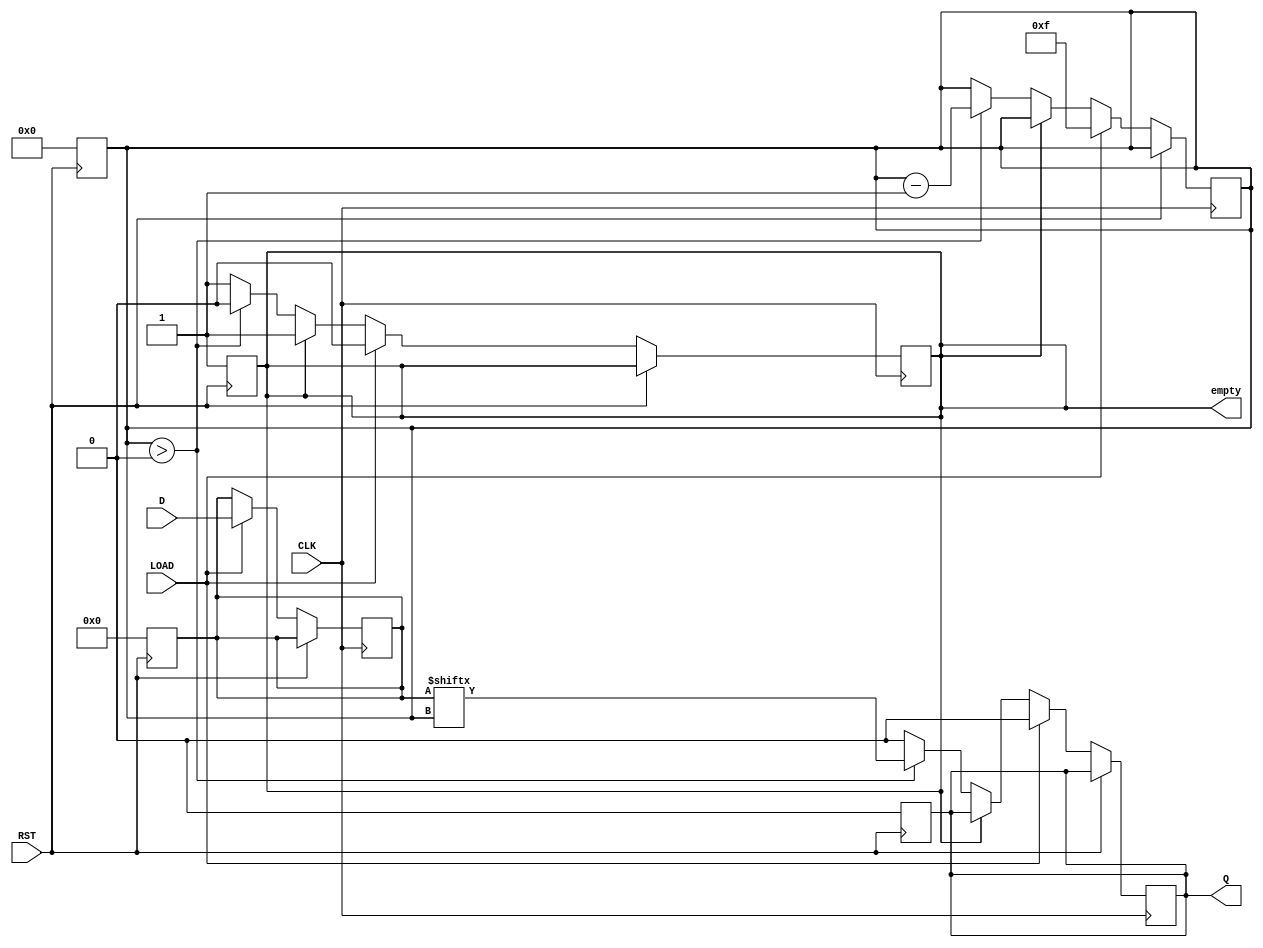
module PISO_16bit (
    input wire [15:0] D,     // 16-bit parallel input data
    input wire LOAD,         // Load control signal
    input wire CLK,          // Clock signal
    input wire RST,          // Reset signal
    output reg Q,            // Serial output
    output reg empty         // Status signal indicating empty state
);

    reg [15:0] shift_reg;    // Internal shift register
    reg [4:0] bit_count;      // Bit counter for shifting

    // Asynchronous reset
    always @(posedge RST) begin
        shift_reg <= 16'b0;   // Clear the shift register
        Q <= 1'b0;            // Clear the serial output
        empty <= 1'b1;        // Indicate register is empty
        bit_count <= 5'b0;    // Reset bit counter
    end

    // Load or Shift behavior
    always @(posedge CLK) begin
        if (RST) begin
            // Do nothing, already handled by reset
        end else if (LOAD) begin
            // Load data into the shift register
            shift_reg <= D;
            Q <= 1'b0;            // Output stable until shifting starts
            empty <= 1'b0;        // Register is not empty after load
            bit_count <= 5'd15;   // Start from MSB (15)
        end else if (!empty) begin
            // Shift data out serially
            Q <= shift_reg[bit_count]; // Output the current MSB
            if (bit_count > 0) begin
                bit_count <= bit_count - 1; // Decrement the bit counter
            end else begin
                empty <= 1'b1;  // Indicate that the register is now empty
                Q <= 1'b0;      // Optionally reset output when done
            end
        end
    end

endmodule